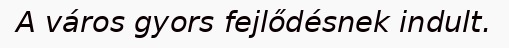
A város gyors fejlődésnek indult.